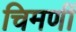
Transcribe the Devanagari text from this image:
चिमणीं